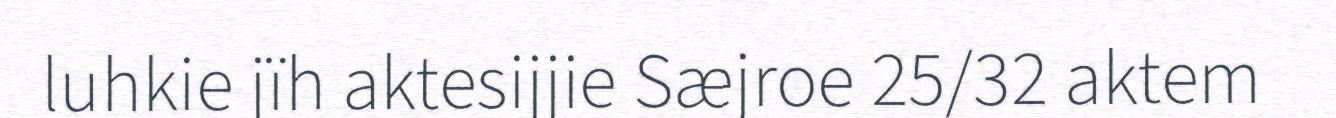
luhkie jïh aktesijjie Sæjroe 25/32 aktem